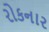
રોકનાર